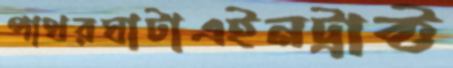
পাথরঘাটাএইনট্রাক্ট